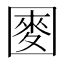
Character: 𫭑